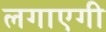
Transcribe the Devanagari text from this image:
लगाएगी